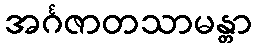
အင်္ဂဇာတသာမန္တာ